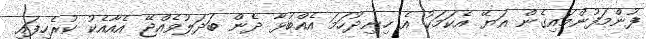
ފުންމަފުންމައިގެން އަޔޭ އެކަމަކު އެ ހިނިދުހަމަ އެއްބުޅާ ދެން ބަދަލުވެއްޖޭ އެއާއެކު ކުރެހިފައި